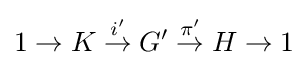
1\to K{\stackrel {i'}{{}\to {}}}G'{\stackrel {\pi '}{{}\to {}}}H\to 1